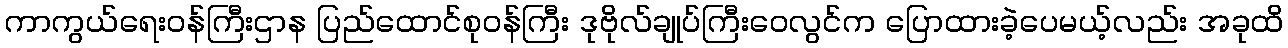
ကာကွယ်ရေးဝန်ကြီးဌာန ပြည်ထောင်စုဝန်ကြီး ဒုဗိုလ်ချုပ်ကြီးဝေလွင်က ပြောထားခဲ့ပေမယ့်လည်း အခုထိ